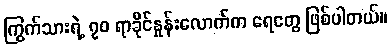
ကြွက်သားရဲ့ ၇၀ ရာခိုင်နှုန်းလောက်က ရေတွေ ဖြစ်ပါတယ်။